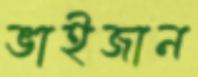
ভাইজান